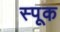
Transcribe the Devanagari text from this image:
स्पूक